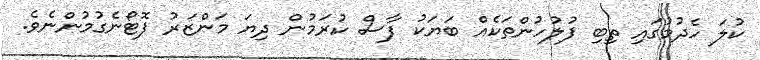
ކުލަ ހެދުމުގައި ތިބި ފުލުހުންތަކެއް ބަޔަކު ފާސް ކުރަމުން ދިޔަ މަންޒަރު ފޮޓޯނެގުމުންނެވެ.